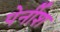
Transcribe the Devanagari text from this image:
पेर्नीश